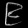
Digit: ၉